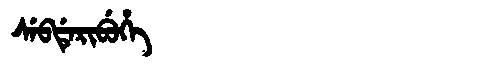
Manchu: ᠰᡝᠪᡩᡝᡵᡳᠪᡠᡥᡝ
Romanization: SEBDERIBUHE